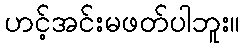
ဟင့်အင်းမဖတ်ပါဘူး။